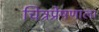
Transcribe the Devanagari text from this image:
चित्रप्रेषणाला